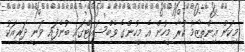
މިކަން އިންތިޒާމު ކުރާ މީހުން އެ މީހުންގެ ވެބްސައިޓްގައި ބުނެފައި ވަނީ ދަރިއަކު